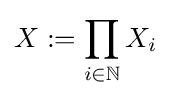
X:=\prod _{i\in \mathbb {N} }X_{i}